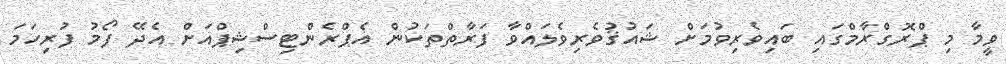
ވީމާ މި ޕްރޮގްރާމްގައި ބައިވެރިވުމަށް ޝައުޤުވެރިވެލައްވާ ފަރާތްތަކުން އެޕްރެންޓިސްޝިޕްއަށް އެދޭ ފޯމު ފުރިހަމަ